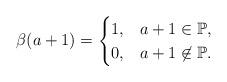
LaTeX: \begin{align*}\beta(a + 1) = \begin{cases} 1, & a + 1 \in \mathbb{P},\\ 0, & a + 1 \not \in \mathbb{P}. \end{cases}\end{align*}